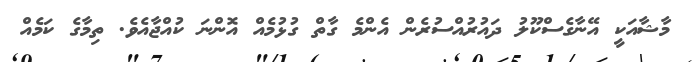
މާޝާއަކީ އޭނާގެސްކޫލު ދައުރުއްސުރެން އެންމެ ގާތް ގުޅުމެއް އޮންނަ ކުއްޖާއެވެ. ތިމާގެ ކަމެއް